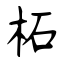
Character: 柘